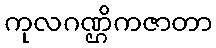
ကုလဂဏ္ဌိကဇာတာ